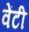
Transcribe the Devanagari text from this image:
वेंटी